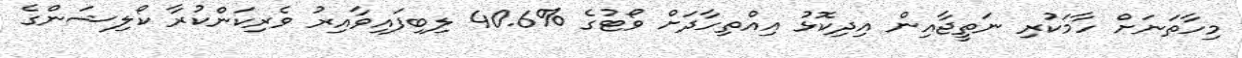
މިހާތަނަށް ހާމަކުރި ނަތީޖާއިން އިދިކޮޅު އިއްތިހާދަށް ވޯޓުގެ %40.6 ލިބިފައިވާއިރު ވެރިކަންކުރާ ކޯލިޝަންގެ